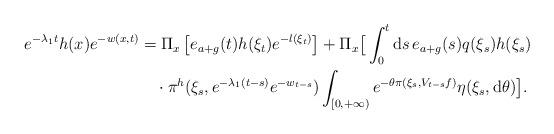
LaTeX: \begin{align*}e^{-\lambda_{1}t}h(x)e^{-w(x,t)}&=\Pi_{x}\left[e_{a+g}(t)h(\xi_{t})e^{-l(\xi_{t})}\right]+\Pi_{x}\big[\int_{0}^{t}{\rm d}s\,e_{a+g}(s)q(\xi_{s})h(\xi_{s})\\&\quad\cdot \pi^{h}(\xi_{s},e^{-\lambda_{1}(t-s)}e^{-w_{t-s}})\int_{[0,+\infty)}e^{-\theta\pi(\xi_{s},V_{t-s}f)}\eta(\xi_{s},{\rm d}\theta)\big].\end{align*}